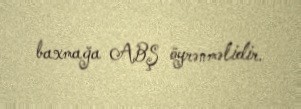
baxmağa ABŞ öyrənməlidir.